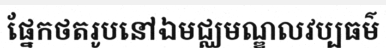
ផ្នែកថតរូបនៅឯមជ្ឈមណ្ឌលវប្បធម៌